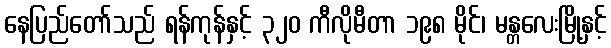
နေပြည်တော်သည် ရန်ကုန်နှင့် ၃၂၀ ကီလိုမီတာ ၁၉၈ မိုင်၊ မန္တလေးမြို့နှင့်